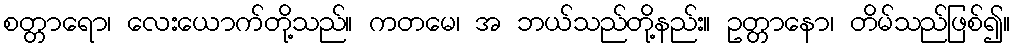
စတ္တာရော၊ လေးယောက်တို့သည်။ ကတမေ၊ အ ဘယ်သည်တို့နည်း။ ဥတ္တာနော၊ တိမ်သည်ဖြစ်၍။